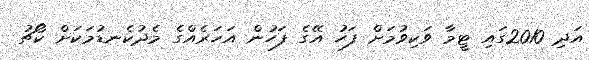
އަދި 2010ގައި ޓީމާ ވަކިވުމަށް ފަހު އޭގެ ފަހުން އަހަރެއްގެ މެދުކެނޑުމަކަށް ކޯޗު